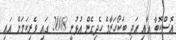
އޮސްކޮބާ އާއި އަދި ބަކޯހަރާމް ހެދިގެން އުޅުނީ 2008 ގައި ވެރިކަމަށް އައި